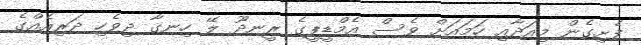
ފެށިގެން މިއަދާއި ހަމައަށް ވެސް އެމްޑީޕީގެ ރީނދޫ ލޭ ހިނގާ ދިވެހި ދަރިއެއްގެ